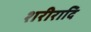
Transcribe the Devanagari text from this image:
शरीरादि